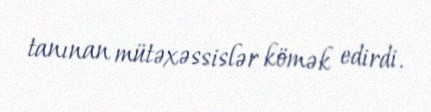
tanınan mütəxəssislər kömək edirdi.